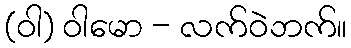
(ဝါ) ဝါမော - လက်ဝဲဘက်။